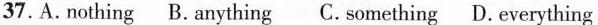
37.A. Nothing B. Anything C. Something D. Everything